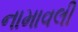
નામાવલી